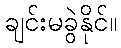
ချင်းမခွဲနိုင်။